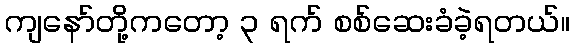
ကျနော်တို့ကတော့ ၃ ရက် စစ်ဆေးခံခဲ့ရတယ်။